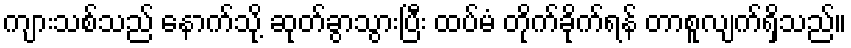
ကျားသစ်သည် နောက်သို့ ဆုတ်ခွာသွားပြီး ထပ်မံ တိုက်ခိုက်ရန် တာစူလျက်ရှိသည်။